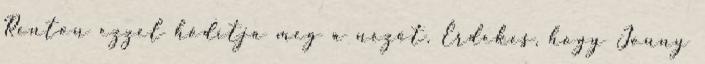
Renton ezzel hódítja meg a nézőt. Érdekes, hogy Jonny